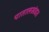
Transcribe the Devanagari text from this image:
पातालखंडात